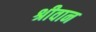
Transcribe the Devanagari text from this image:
श्रीवान